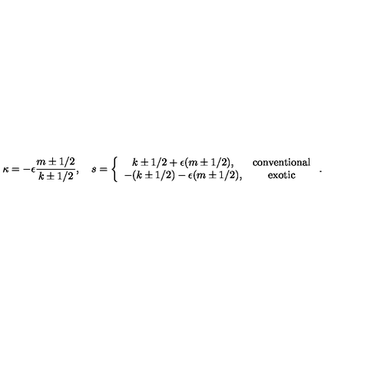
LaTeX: \kappa = - \epsilon \frac { m \pm 1 / 2 } { k \pm 1 / 2 } , \quad s = \left\{ \begin{array} { c c } { k \pm 1 / 2 + \epsilon ( m \pm 1 / 2 ) , } & { \mathrm { c o n v e n t i o n a l } } \\ { - ( k \pm 1 / 2 ) - \epsilon ( m \pm 1 / 2 ) , } & { \mathrm { e x o t i c } } \\ \end{array} \right. .